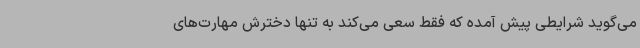
می‌گوید شرایطی پیش آمده که فقط سعی می‌کند به تنها دخترش مهارت‌های